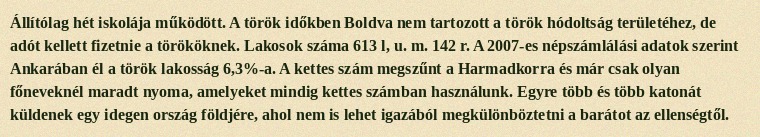
Állítólag hét iskolája működött. A török időkben Boldva nem tartozott a török hódoltság területéhez, de adót kellett fizetnie a törököknek. Lakosok száma 613 l, u. m. 142 r. A 2007-es népszámlálási adatok szerint Ankarában él a török lakosság 6,3%-a. A kettes szám megszűnt a Harmadkorra és már csak olyan főneveknél maradt nyoma, amelyeket mindig kettes számban használunk. Egyre több és több katonát küldenek egy idegen ország földjére, ahol nem is lehet igazából megkülönböztetni a barátot az ellenségtől.